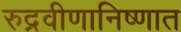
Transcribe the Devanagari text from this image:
रुद्रवीणानिष्णात